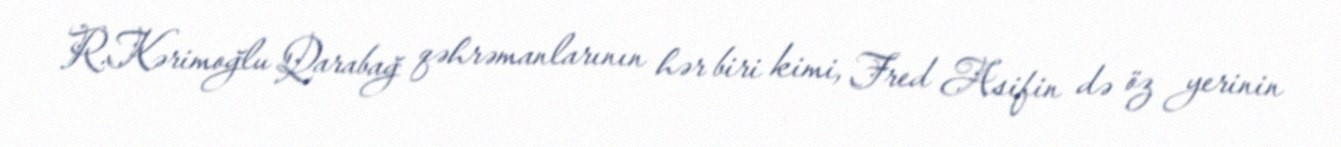
R.Kərimoğlu Qarabağ qəhrəmanlarının hər biri kimi, Fred Asifin də öz yerinin